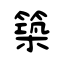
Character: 築